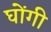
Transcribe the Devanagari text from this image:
घोंगी